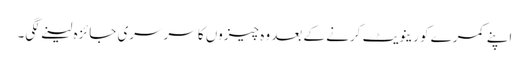
اپنے کمرے کو رینویٹ کرنے کے بعد وہ چیزوں کا سرسری جائزہ لینے لگی۔